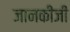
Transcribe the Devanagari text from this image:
जानकीजी